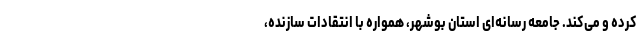
کرده و می‌کند. جامعه رسانه‌ای استان بوشهر، همواره با انتقادات سازنده،